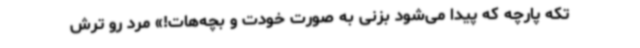
تکه پارچه که پیدا می‌شود بزنی به صورت خودت و بچه‌هات!» مرد رو ترش